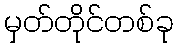
မှတ်တိုင်တစ်ခု